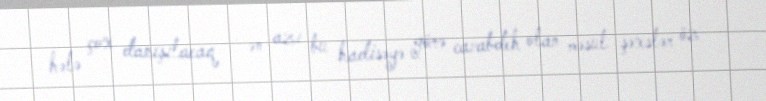
hələ çox danışılacaq - ən azı bu hadisəyə görə cavabdeh olan məsul şəxslər öz